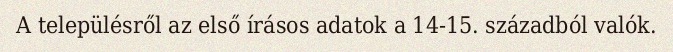
A településről az első írásos adatok a 14-15. századból valók.